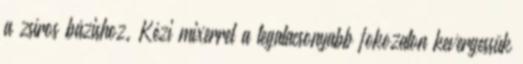
a zsíros bázishoz. Kézi mixerrel a legalacsonyabb fokozaton kevergessük